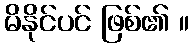
မိနိုင်ပင် ဖြစ်၏ ။